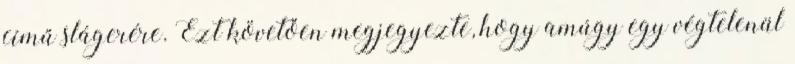
című slágerére. Ezt követően megjegyezte, hogy amúgy egy végtelenül